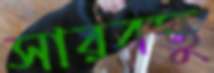
সারবস্তু